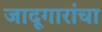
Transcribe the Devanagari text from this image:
जादूगारांचा